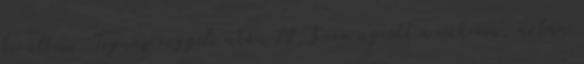
kerültem. Tegnap reggeli után 19,3-ra ugrott a cukrom, aztán